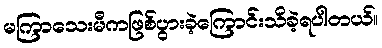
မကြာသေးမီကဖြစ်ပွားခဲ့ကြောင်းသိခဲ့ရပါတယ်။